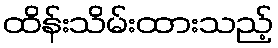
ထိန်းသိမ်းထားသည့်